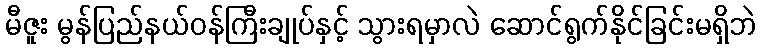
မီဇူး မွန်ပြည်နယ်ဝန်ကြီးချုပ်နှင့် သွားရမှာလဲ ဆောင်ရွက်နိုင်ခြင်းမရှိဘဲ